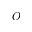
O